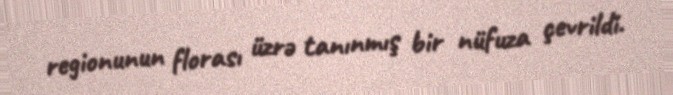
regionunun florası üzrə tanınmış bir nüfuza çevrildi.